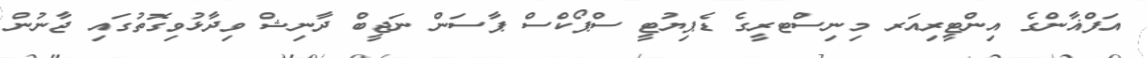
އަފްޣާންގެ އިންޓީރިއަރ މިނިސްޓރީގެ ޑެޕިޔުޓީ ސްޕޯކްސް ޕާސަން ނަޖީބް ދާނިޝް ވިދާޅުވިގޮތުގައި ޖާނުން